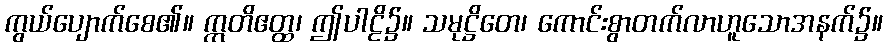
ကွယ်ပျောက်စေ၏။ ဣတိဧတ္ထ၊ ဤပါဠိ၌။ သမုဋ္ဌိတေ၊ ကောင်းစွာတက်လာဟူသောအနက်၌။